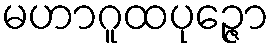
မဟာဂူထပုဉ္ဇော